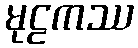
မုဠကဿ